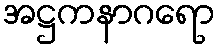
အဋ္ဌကနာဂရော